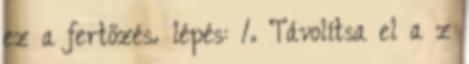
ez a fertőzés. lépés: 1. Távolítsa el a z